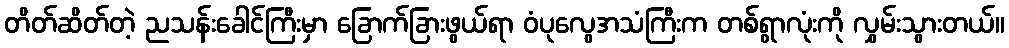
တိတ်ဆိတ်တဲ့ ညသန်းခေါင်ကြီးမှာ ခြောက်ခြားဖွယ်ရာ ဝံပုလွေအသံကြီးက တစ်ရွာလုံးကို လွှမ်းသွားတယ်။